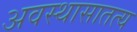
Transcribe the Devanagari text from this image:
अवस्थासातत्य